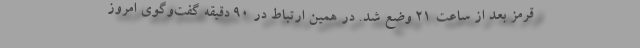
قرمز بعد از ساعت 21 وضع شد. در همین ارتباط در 90 دقیقه گفت‌وگوی امروز